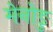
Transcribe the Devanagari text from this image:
मेनोङु